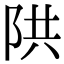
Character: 䧆